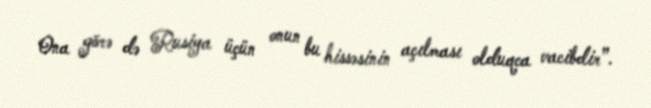
Ona görə də Rusiya üçün onun bu hissəsinin açılması olduqca vacibdir”.